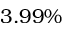
3 . 9 9 \%